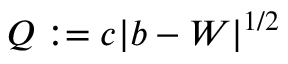
Q : = c \lvert { b - W } \rvert ^ { 1 / 2 }